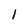
Character: 1